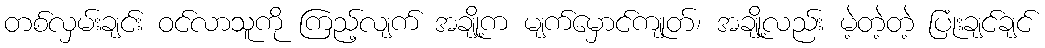
တစ်လှမ်းချင်း ဝင်လာသူကို ကြည့်လျက် အချို့က မျက်မှောင်ကျုတ်၊ အချို့လည်း မဲ့တဲ့တဲ့ ပြုံးချင်ချင်